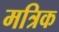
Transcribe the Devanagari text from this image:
मत्रिक